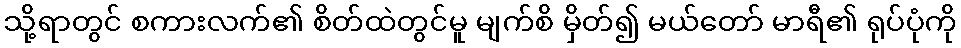
သို့ရာတွင် စကားလက်၏ စိတ်ထဲတွင်မူ မျက်စိ မှိတ်၍ မယ်တော် မာရီ၏ ရုပ်ပုံကို